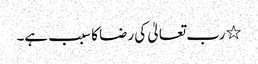
٭ رب تعالیٰ کی رضا کا سبب ہے۔